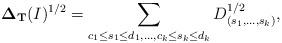
LaTeX: \begin{align*} {\bf \Delta_{T}}(I)^{1/2}=\sum_{c_1\leq s_1\leq d_1, \ldots, c_k\leq s_k\leq d_k}D_{(s_1,\ldots, s_k)}^{1/2},\end{align*}